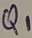
Text: Q1